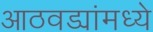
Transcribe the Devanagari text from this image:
आठवड्यांमध्ये